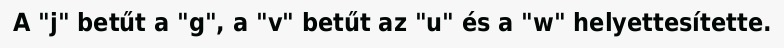
A "j" betűt a "g", a "v" betűt az "u" és a "w" helyettesítette.